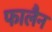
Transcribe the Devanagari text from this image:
फालैन